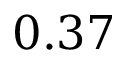
0 . 3 7